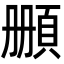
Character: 𩒄